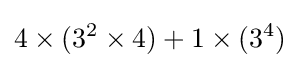
4\times (3^{2}\times 4)+1\times (3^{4})